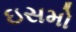
ઇસમો